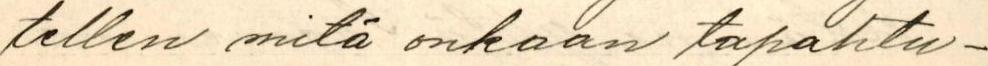
tellen mitä onkaan tapahtu-